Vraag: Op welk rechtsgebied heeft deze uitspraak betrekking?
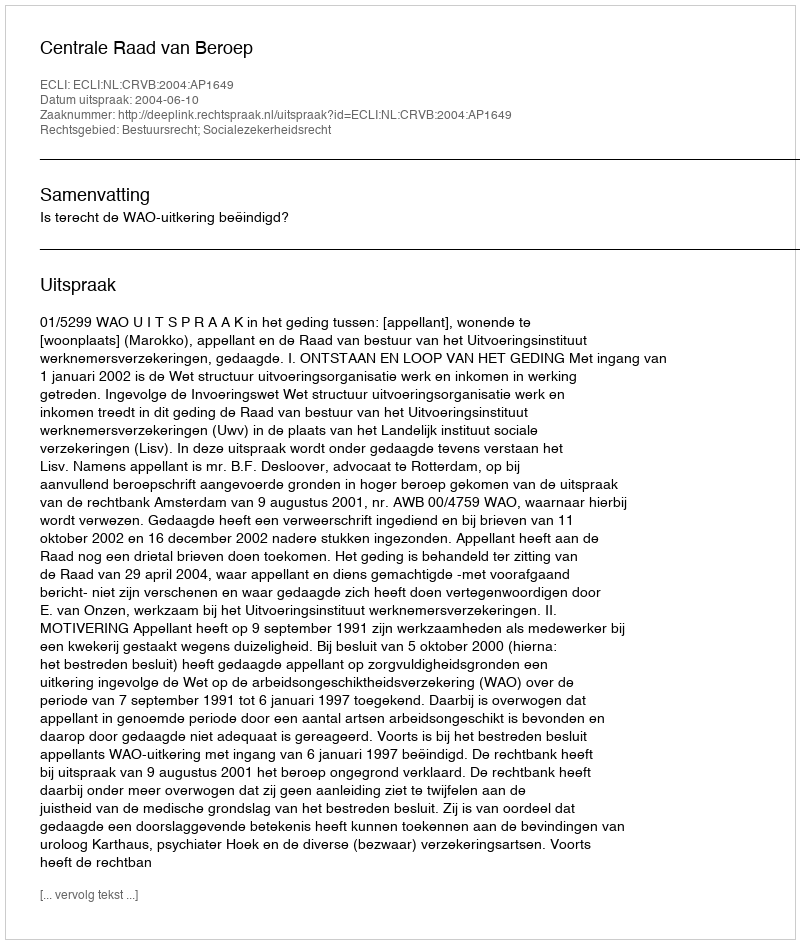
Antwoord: Bestuursrecht; Socialezekerheidsrecht